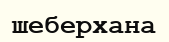
шеберхана